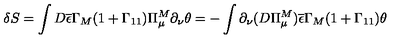
\delta S = \int D \overline { { \epsilon } } \Gamma _ { M } ( 1 + \Gamma _ { 1 1 } ) \Pi _ { \mu } ^ { M } \partial _ { \nu } \theta = - \int \partial _ { \nu } ( D \Pi _ { \mu } ^ { M } ) \overline { { \epsilon } } \Gamma _ { M } ( 1 + \Gamma _ { 1 1 } ) \theta